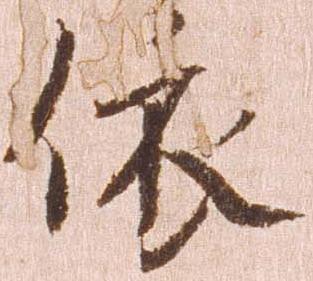
依